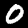
Label: 0